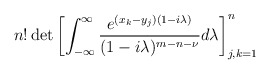
\begin{align*} n! \det \left[ \int_{-\infty}^{\infty} \frac{e^{(x_k-y_j) (1-i\lambda)}}{(1-i \lambda)^{m-n-\nu}} d \lambda \right]_{j,k=1}^n\end{align*}